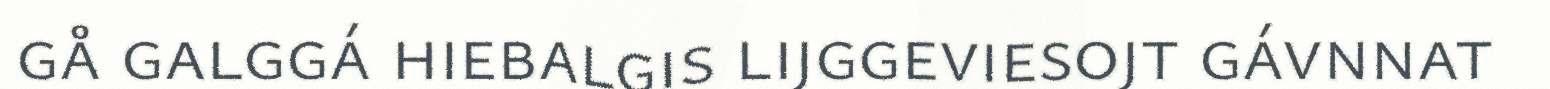
gå galggá hiebalgis lijggeviesojt gávnnat